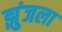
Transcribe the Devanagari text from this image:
झुंजला